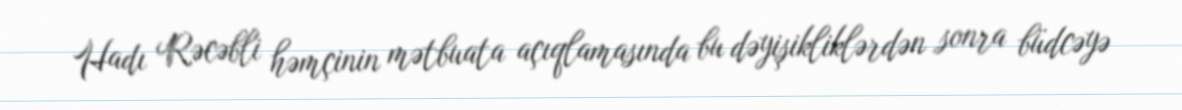
Hadı Rəcəbli həmçinin mətbuata açıqlamasında bu dəyişikliklərdən sonra büdcəyə